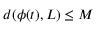
d ( \phi ( t ) , L ) \leq M